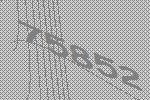
75852